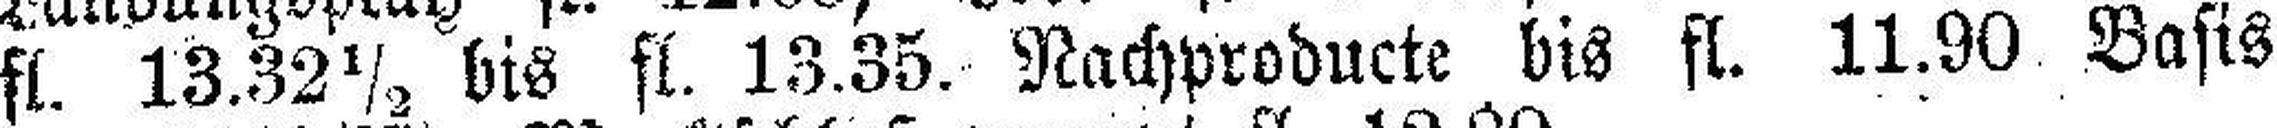
fl. 13.32½ bis fl. 13.35, Nachproducte bis fl. 11.90 Basis